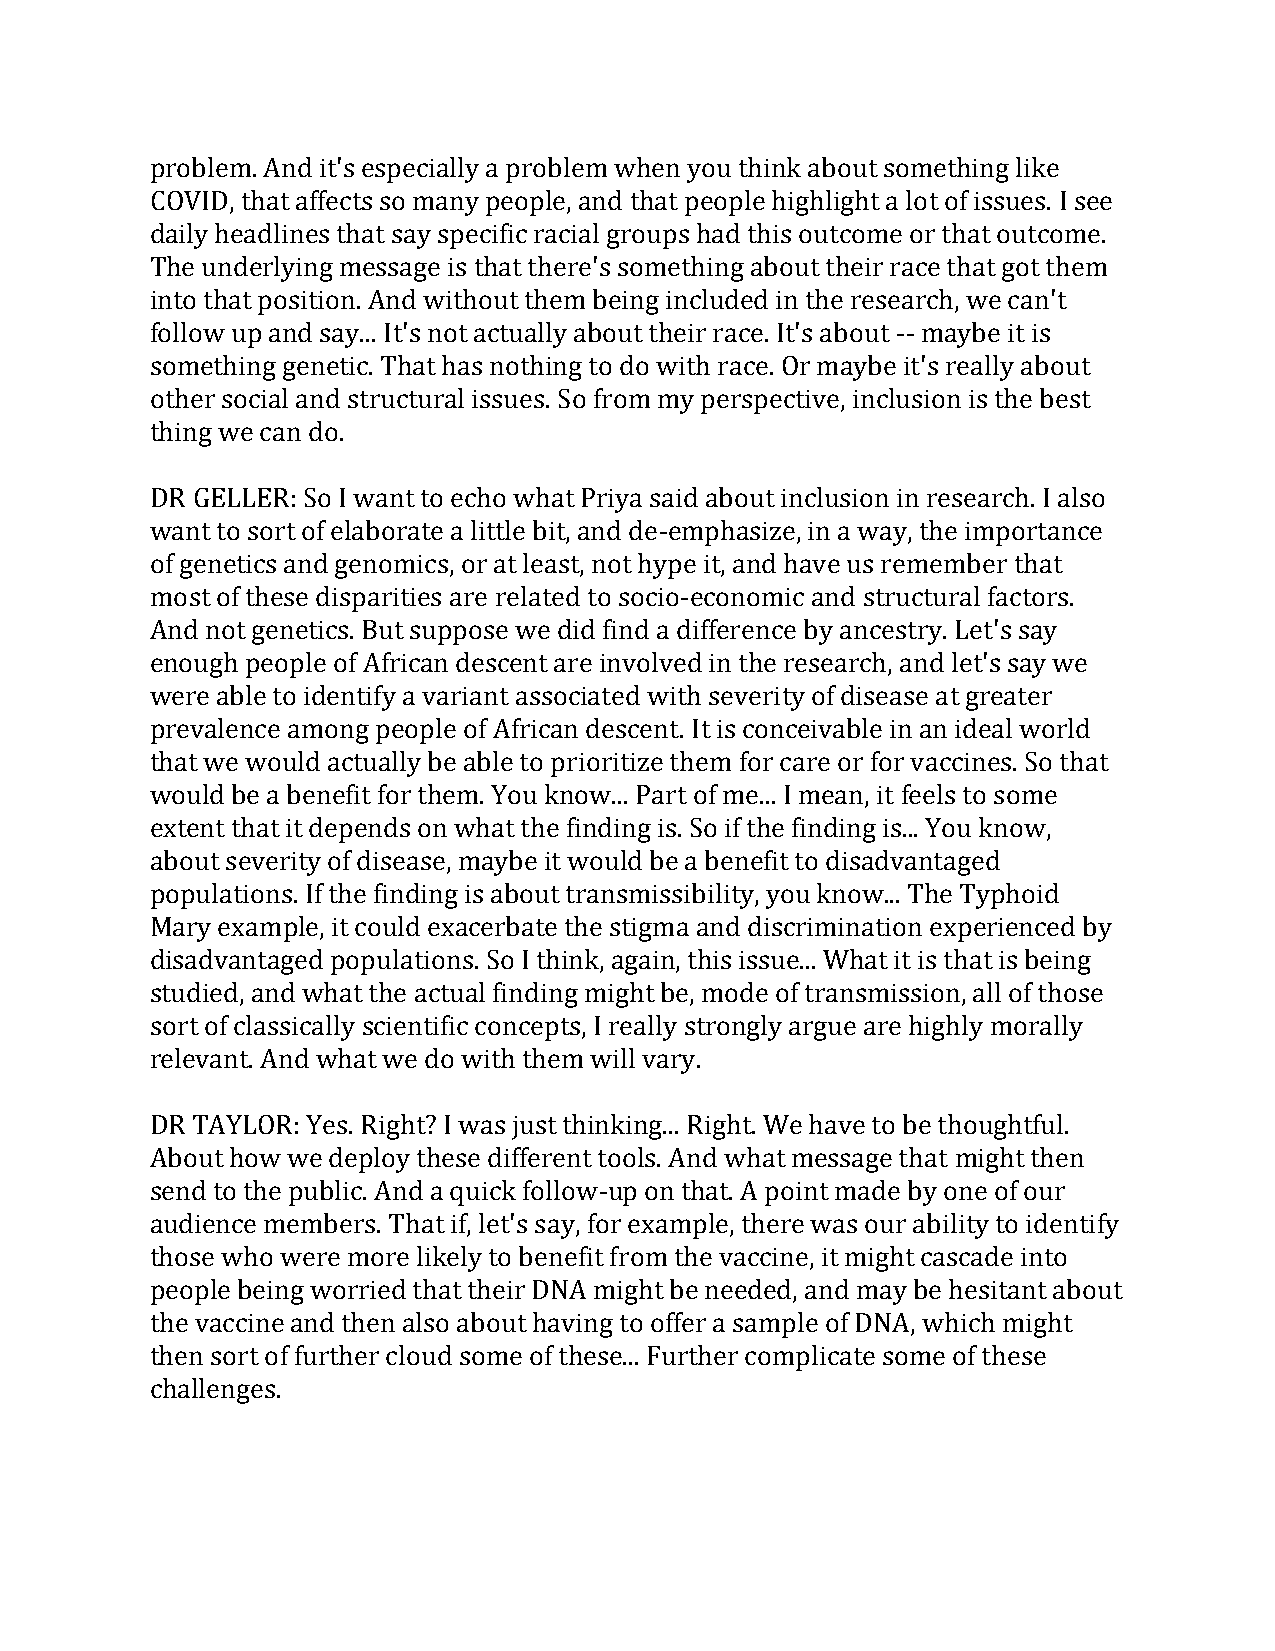
problem. And it's especially a problem when you think about something like
 COVID, that affects so many people, and that people highlight a lot of issues. I see
 daily headlines that say specific racial groups had this outcome or that outcome.
 The underlying message is that there's something about their race that got them
 into that position. And without them being included in the research, we can't
 follow up and say... It's not actually about their race. It's about -- maybe it is
 something genetic. That has nothing to do with race. Or maybe it's really about
 other social and structural issues. So from my perspective, inclusion is the best
 thing we can do.
 DR GELLER: So I want to echo what Priya said about inclusion in research. I also
 want to sort of elaborate a little bit, and de-emphasize, in a way, the importance
 of genetics and genomics, or at least, not hype it, and have us remember that
 most of these disparities are related to socio-economic and structural factors.
 And not genetics. But suppose we did find a difference by ancestry. Let's say
 enough people of African descent are involved in the research, and let's say we
 were able to identify a variant associated with severity of disease at greater
 prevalence among people of African descent. It is conceivable in an ideal world
 that we would actually be able to prioritize them for care or for vaccines. So that
 would be a benefit for them. You know... Part of me... I mean, it feels to some
 extent that it depends on what the finding is. So if the finding is... You know,
 about severity of disease, maybe it would be a benefit to disadvantaged
 populations. If the finding is about transmissibility, you know... The Typhoid
 Mary example, it could exacerbate the stigma and discrimination experienced by
 disadvantaged populations. So I think, again, this issue... What it is that is being
 studied, and what the actual finding might be, mode of transmission, all of those
 sort of classically scientific concepts, I really strongly argue are highly morally
 relevant. And what we do with them will vary.
 DR TAYLOR: Yes. Right? I was just thinking... Right. We have to be thoughtful.
 About how we deploy these different tools. And what message that might then
 send to the public. And a quick follow-up on that. A point made by one of our
 audience members. That if, let's say, for example, there was our ability to identify
 those who were more likely to benefit from the vaccine, it might cascade into
 people being worried that their DNA might be needed, and may be hesitant about
 the vaccine and then also about having to offer a sample of DNA, which might
 then sort of further cloud some of these... Further complicate some of these
 challenges.